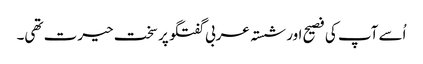
اُسے آپ کی فصیح اور شستہ عربی گفتگو پر سخت حیرت تھی۔